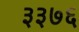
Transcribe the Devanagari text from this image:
३३७६